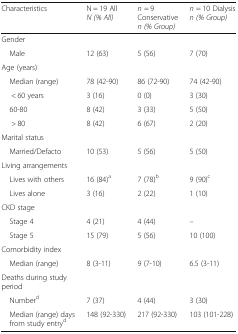
| Characteristics | N = 19 All N (% All) | n = 9 Conservative n (% Group) | n = 10 Dialysis n (% Group) |
 | --- | --- | --- | --- |
 | <COLSPAN=4> Gender |
 | Male | 12 (63) | 5 (56) | 7 (70) |
 | <COLSPAN=4> Age (years) |
 | Median (range) | 78 (42-90) | 86 (72-90) | 74 (42-90) |
 | < 60 years | 3 (16) | 0 (0) | 3 (30) |
 | 60-80 | 8 (42) | 3 (33) | 5 (50) |
 | > 80 | 8 (42) | 6 (67) | 2 (20) |
 | <COLSPAN=4> Marital status |
 | Married/Defacto | 10 (53) | 5 (56) | 5 (50) |
 | <COLSPAN=4> Living arrangements |
 | Lives with others | 16 (84)a | 7 (78)b | 9 (90)c |
 | Lives alone | 3 (16) | 2 (22) | 1 (10) |
 | <COLSPAN=4> CKD stage |
 | Stage 4 | 4 (21) | 4 (44) | – |
 | Stage 5 | 15 (79) | 5 (56) | 10 (100) |
 | <COLSPAN=4> Comorbidity index |
 | Median (range) | 8 (3-11) | 9 (7-10) | 6.5 (3-11) |
 | <COLSPAN=4> Deaths during study period |
 | Numberd | 7 (37) | 4 (44) | 3 (30) |
 | Median (range) days from study entryd | 148 (92-330) | 217 (92-330) | 103 (101-228) |